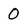
Character: 0